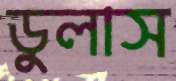
ডুলাস